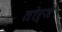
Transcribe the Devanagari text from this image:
तोर्जे